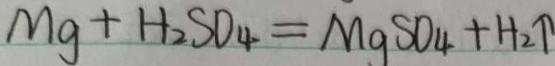
M g + H _ { 2 } S O _ { 4 } = M g S O _ { 4 } + H _ { 2 } \uparrow